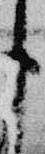
臣